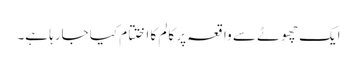
ایک چھوٹے سے واقعہ پر کالم کا اختتام کیا جارہا ہے۔